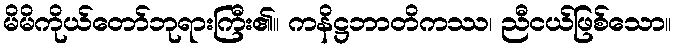
မိမိကိုယ်တော်ဘုရားကြီး၏။ ကနိဋ္ဌဘာတိကဿ၊ ညီငယ်ဖြစ်သော။